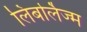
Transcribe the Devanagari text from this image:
लिबर्लिज्म